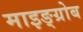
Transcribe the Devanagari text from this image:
माइङ्ग्रोब